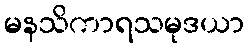
မနသိကာရသမုဒယာ